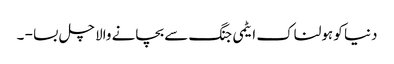
دنیا کو ہولناک ایٹمی جنگ سے بچانے والا چل بسا - ۔